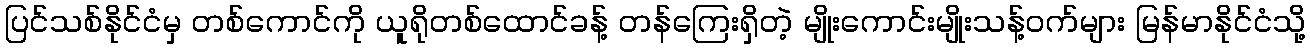
ပြင်သစ်နိုင်ငံမှ တစ်ကောင်ကို ယူရိုတစ်ထောင်ခန့် တန်ကြေးရှိတဲ့ မျိုးကောင်းမျိုးသန့်ဝက်များ မြန်မာနိုင်ငံသို့